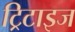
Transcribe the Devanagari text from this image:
ट्रिटाइज